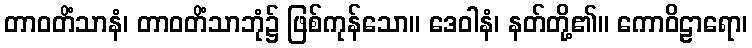
တာဝတိံသာနံ၊ တာဝတိံသာဘုံ၌ ဖြစ်ကုန်သော။ ဒေဝါနံ၊ နတ်တို့၏။ ကောဝိဠာရော၊